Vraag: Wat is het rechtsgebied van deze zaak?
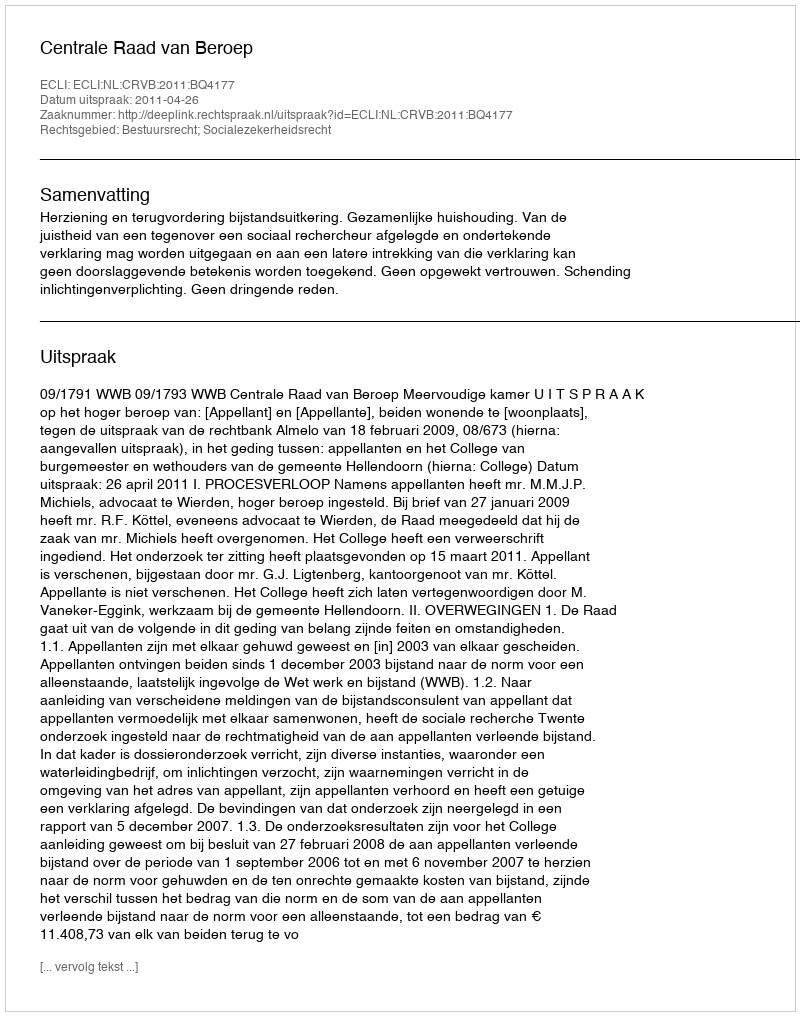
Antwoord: Bestuursrecht; Socialezekerheidsrecht